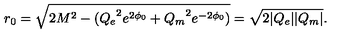
r _ { 0 } = \sqrt { 2 M ^ { 2 } - ( { Q _ { e } } ^ { 2 } e ^ { 2 \phi _ { 0 } } + { Q _ { m } } ^ { 2 } e ^ { - 2 \phi _ { 0 } } ) } = \sqrt { 2 | Q _ { e } | | Q _ { m } | } .